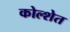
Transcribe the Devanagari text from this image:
कोल्शेत